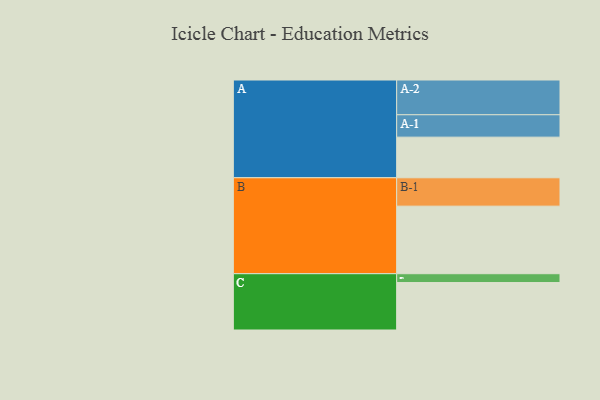
{"axis": {"x": "Segment", "y": "Value"}, "legend": ["", "A", "B", "C"], "data": [{"x": "A", "y": 332, "type": ""}, {"x": "B", "y": 552, "type": ""}, {"x": "C", "y": 388, "type": ""}, {"x": "A-1", "y": 183, "type": "A"}, {"x": "A-2", "y": 284, "type": "A"}, {"x": "B-1", "y": 232, "type": "B"}, {"x": "C-1", "y": 72, "type": "C"}]}